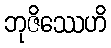
ဘုဇိဿေဟိ